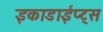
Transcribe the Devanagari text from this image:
इकाडाईप्ट्स